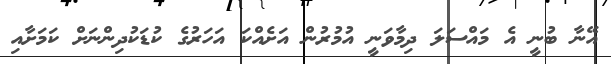
އޭނާ ބުނީ އެ މައްސަލަ ދިމާވަނީ އުމުރުން އަށެއްކަ އަހަރުގެ ކުޑަކުދިންނަށް ކަމަށާއި